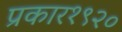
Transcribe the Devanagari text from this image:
प्रकार१९२०